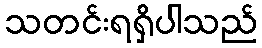
သတင်းရရှိပါသည်